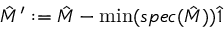
{ \hat { M } } ^ { \prime } : = { \hat { M } } - \operatorname* { m i n } ( s p e c ( { \hat { M } } ) ) { \hat { 1 } }